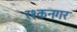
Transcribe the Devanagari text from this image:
रश्कनगर